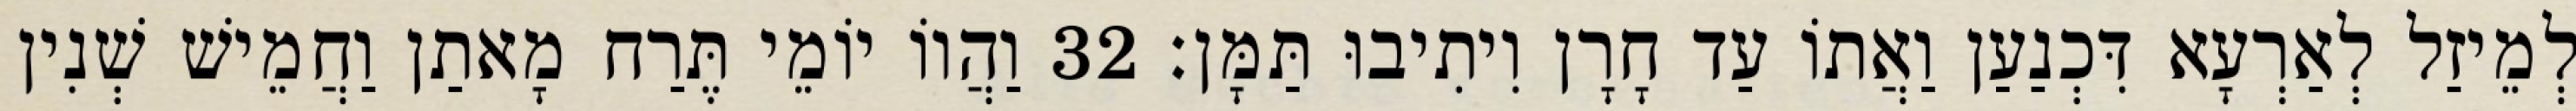
לְמֵיזַל לְאַרְעָא דִּכְנַעַן וַאֲתוֹ עַד חָרָן וִיתִיבוּ תַּמָּן׃ 32 וַהֲווֹ יוֹמֵי תֶּרַח מָאתַן וַחֲמֵישׁ שְׁנִין